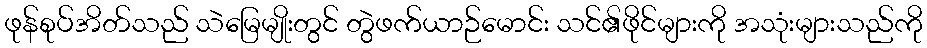
ဖုန်စုပ်အိတ်သည် သဲမြေမျိုးတွင် တွဲဖက်ယာဉ်မောင်း သင်၏ဖိုင်များကို အသုံးများသည်ကို